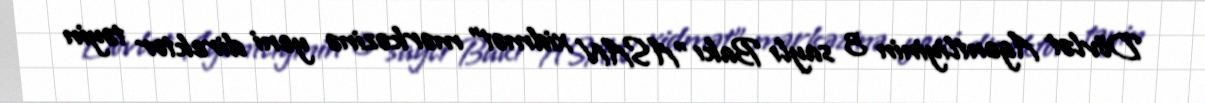
Dövlət Agentliyinin 3 saylı Bakı "ASAN xidmət" mərkəzinə yeni direktor təyin